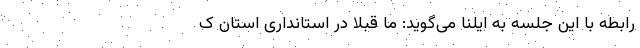
رابطه با این جلسه به ایلنا می‌گوید: ما قبلاً در استانداری استان ک